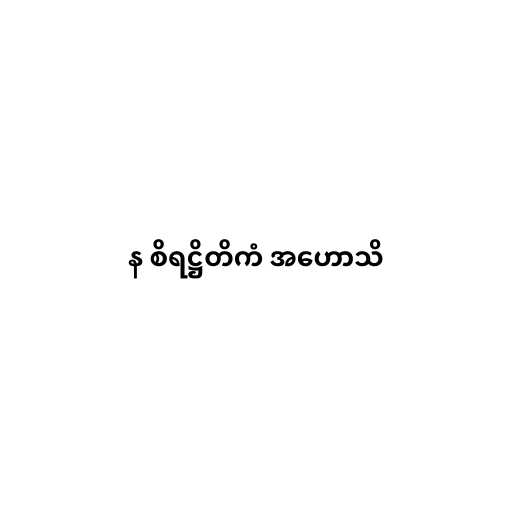
န စိရဋ္ဌိတိကံ အဟောသိ